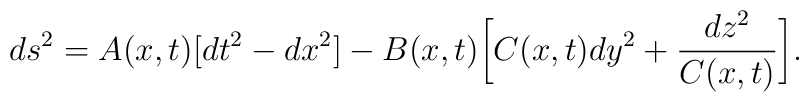
ds^2 = A(x,t)[ dt^2 - dx^2] - B(x,t) \biggl[ C(x,t) dy^2 +\frac{dz^2}{C(x,t)}\biggr].